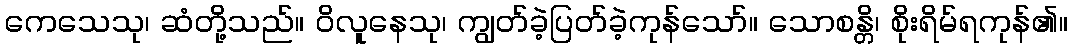
ကေသေသု၊ ဆံတို့သည်။ ဝိလူနေသု၊ ကျွတ်ခဲ့ပြတ်ခဲ့ကုန်သော်။ သောစန္တိ၊ စိုးရိမ်ရကုန်၏။